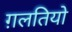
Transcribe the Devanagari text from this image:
ग़लतियो